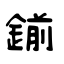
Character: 鎆